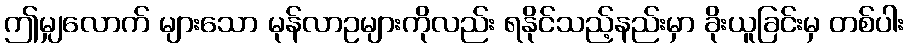
ဤမျှလောက် များသော မုန်လာဥများကိုလည်း ရနိုင်သည့်နည်းမှာ ခိုးယူခြင်းမှ တစ်ပါး